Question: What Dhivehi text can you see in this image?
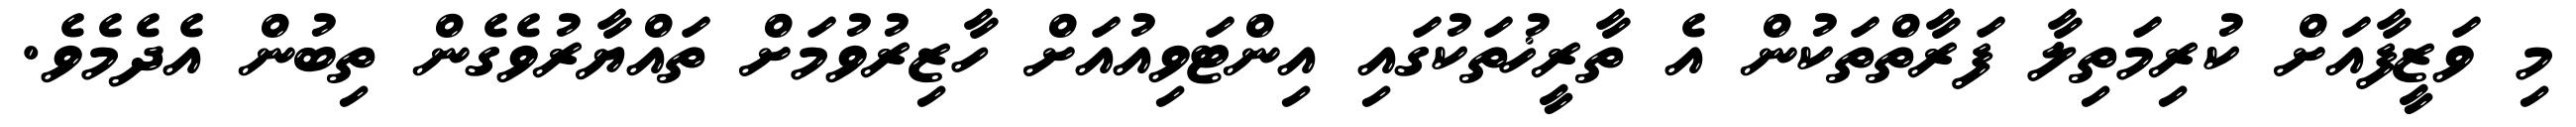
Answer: މި ވަޒީފާއަށް ކުރިމަތިލާ ފަރާތްތަކުން އެ ތާރީޚުތަކުގައި އިންޓަވިއުއަށް ހާޒިރުވުމަށް ތައްޔާރުވެގެން ތިބުން އެދެމެވެ.